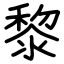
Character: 黎